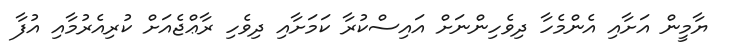
ޔާމީން އަށާއި އެންމެހާ ދިވެހިންނަށް އައިސްކުރާ ކަމަށާއި ދިވެހި ރާޢްޖެއަށް ކުރިއެރުމާއި އުފާ